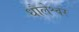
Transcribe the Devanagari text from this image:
धौलेश्वर